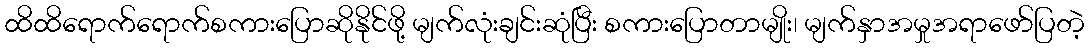
ထိထိရောက်ရောက်စကားပြောဆိုနိုင်ဖို့ မျက်လုံးချင်းဆုံပြီး စကားပြောတာမျိုး၊ မျက်နှာအမှုအရာဖော်ပြတဲ့